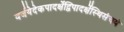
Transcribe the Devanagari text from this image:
वर्जयेदेकपादर्क्षेद्विपादर्क्षेस्थिसंचयं